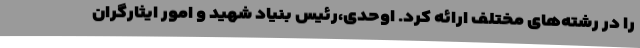
را در رشته‌های مختلف ارائه کرد. اوحدی،رئیس بنیاد شهید و امور ایثارگران